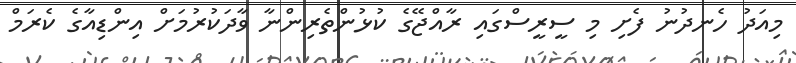
މިއަދު ހެނދުނު ފެށި މި ސީރީސްގައި ރާއްޖޭގެ ކުޅުންތެރިންނާ ވާދަކުރުމަށް އިންޑިއާގެ ކެރަމް